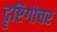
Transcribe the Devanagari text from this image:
दॄष्टिगोचर